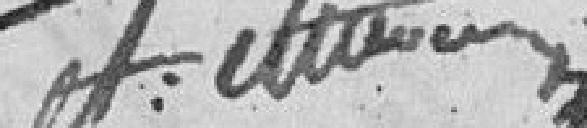
A.